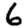
Digit: 6